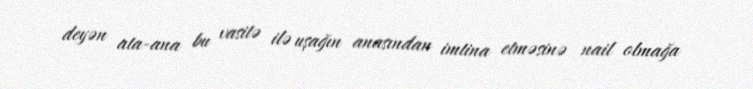
deyən ata-ana bu vasitə ilə uşağın anasından imtina etməsinə nail olmağa